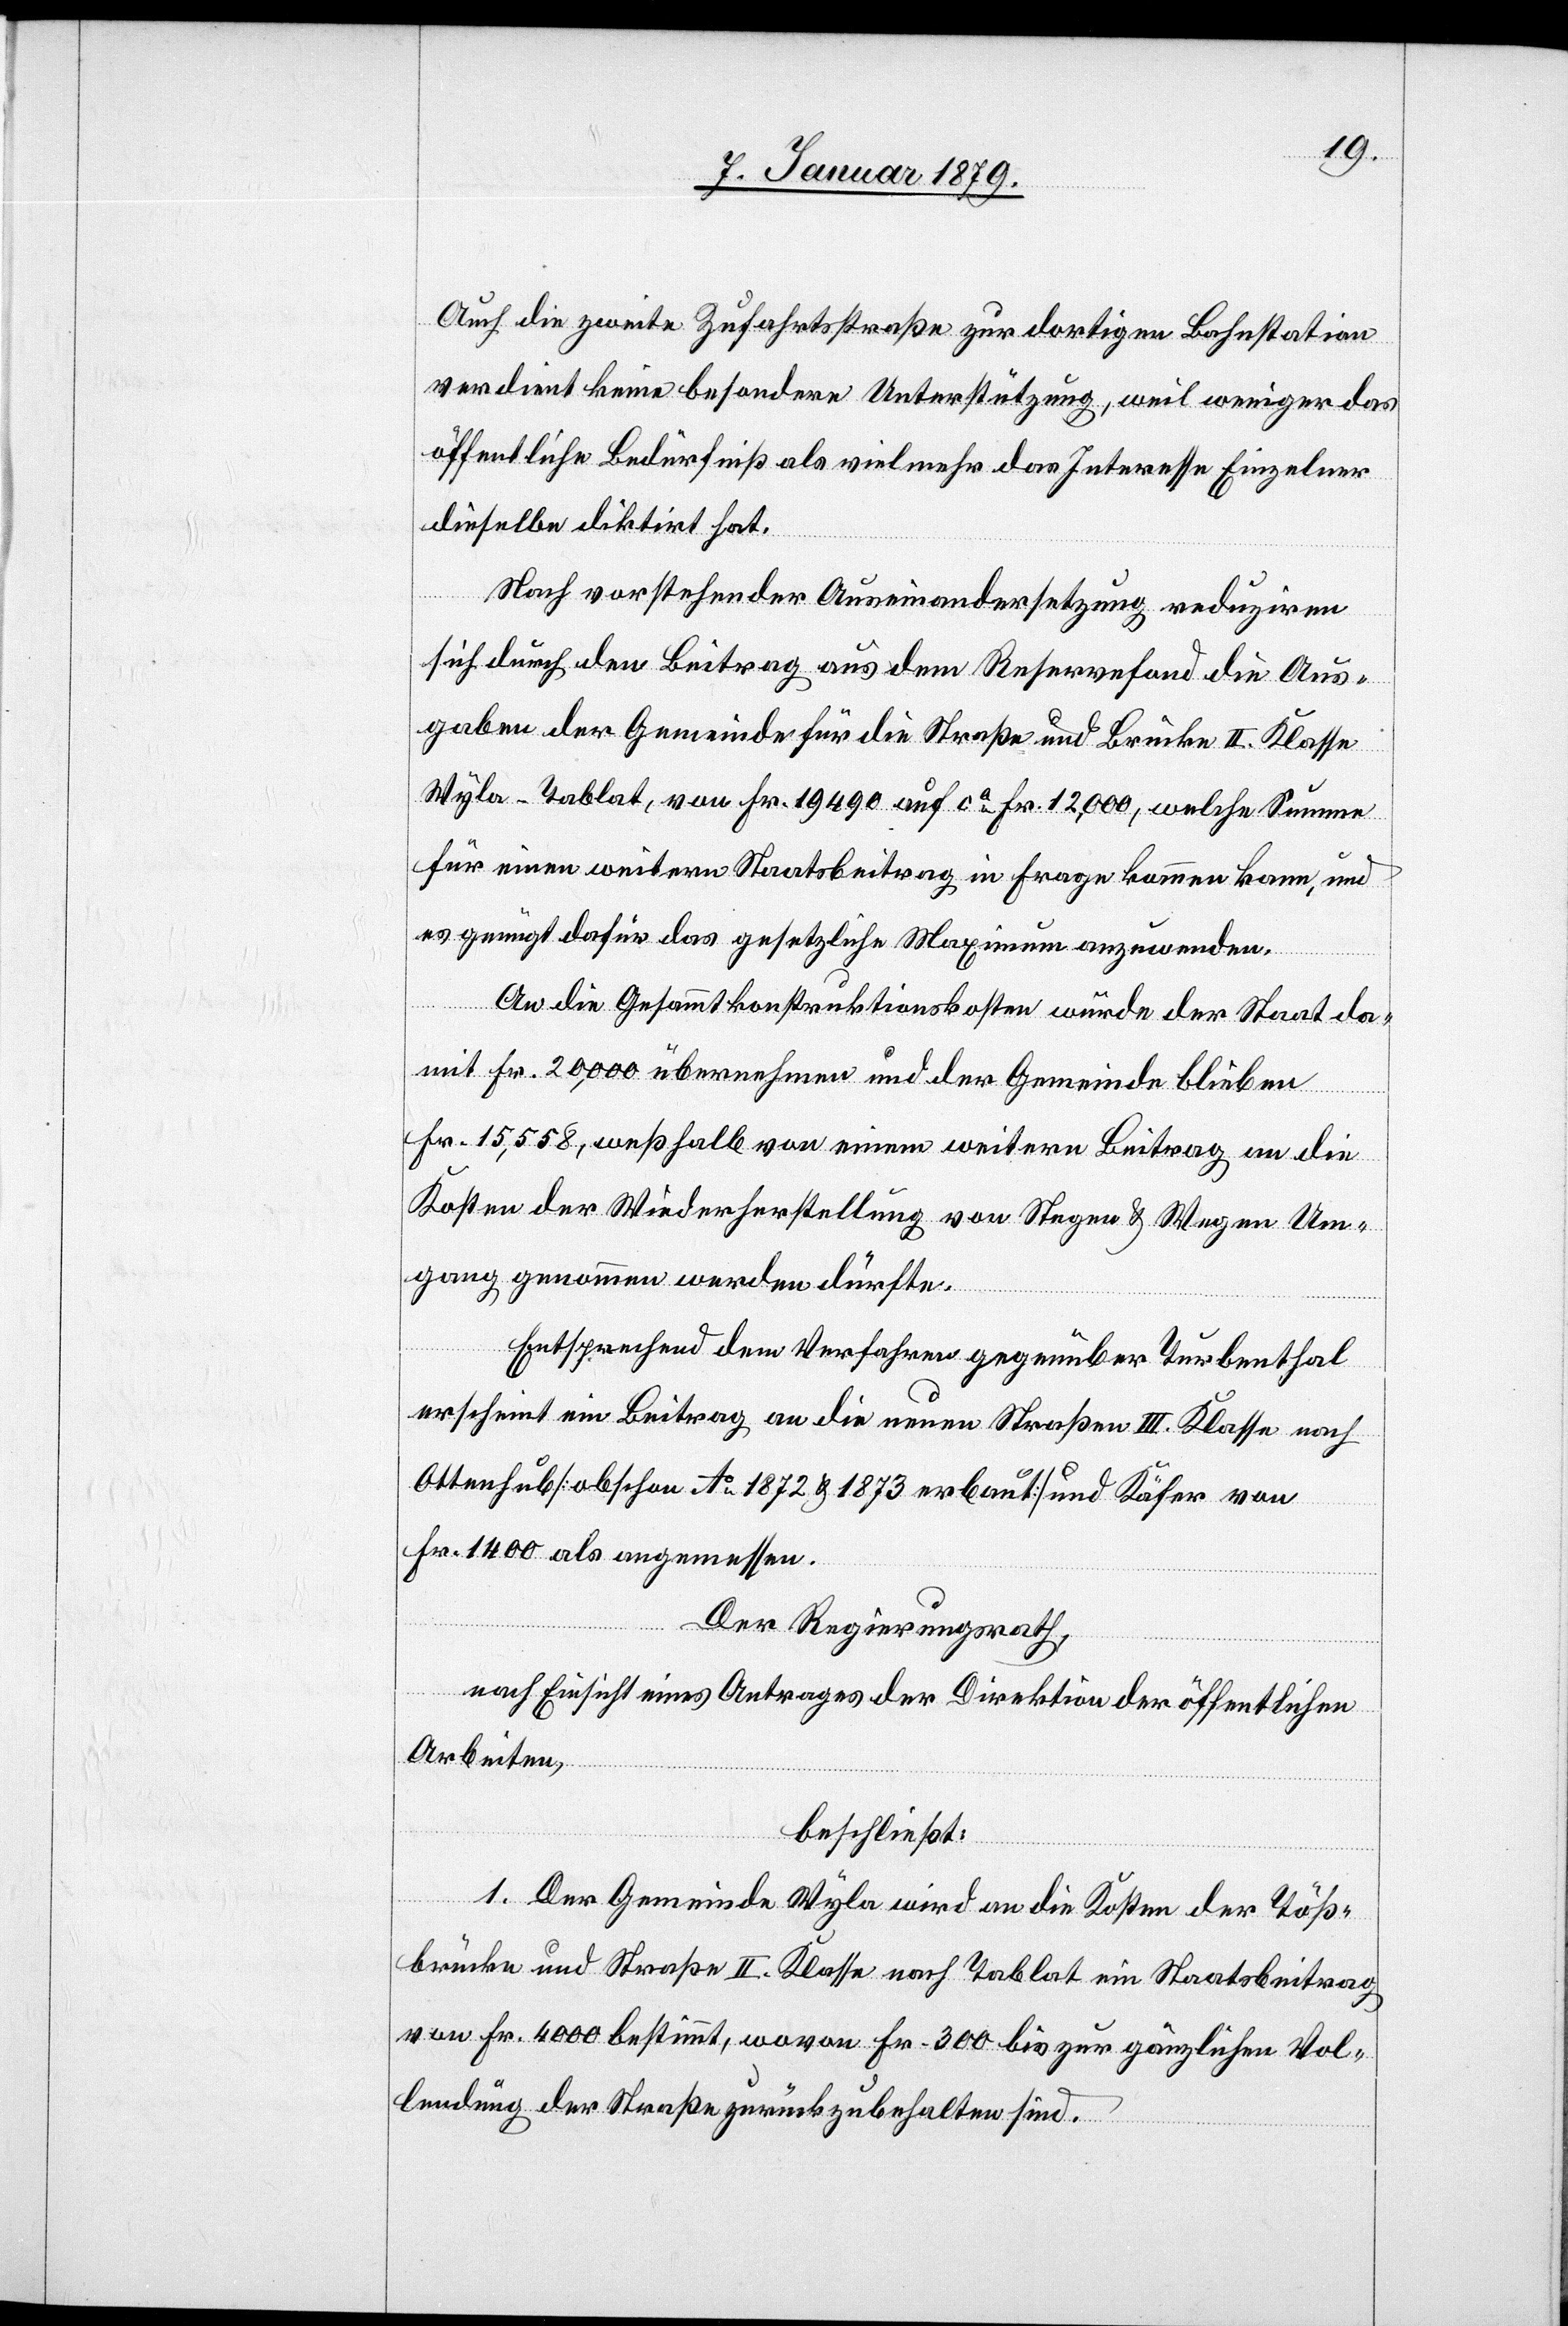
Auch die zweite Zufahrtsstraße zur dortigen Bahnstation
verdient keine besondere Unterstützung, weil weniger das
öffentliche Bedürfniß als vielmehr das Interesse Einzelner
dieselbe diktirt hat.
Nach vorstehender Auseinandersetzung reduziren
sich durch den Beitrag aus dem Reservefond die Aus¬
gaben der Gemeinde für die Straße und Brücke II. Klasse
Wyla–Tablat, von Fr. 19 490 auf ca Fr. 12,000, welche Summe
für einen weitern Staatsbeitrag in Frage kommen kann, und
es genügt dafür das gesetzliche Maximum [sic!] anzuwenden.
An die Gesammtkonstruktionskosten würde der Staat da¬
mit Fr. 20,000 übernehmen und der Gemeinde bleiben
Fr. 15,558, weßhalb von einem weitern Beitrag an die
Kosten der Wiederherstellung von Stegen & Wegen Um¬
gang genommen werden dürfte.
Entsprechend dem Verfahren gegenüber Turbenthal
erscheint ein Beitrag an die neuen Straßen III. Klasse nach
Ottenhub [obschon Ao 1872 & 1873 erbaut] und Käfer von
Fr. 1400 als angemessen.
Der Regierungsrath,
nach Einsicht eines Antrages der Direktion der öffentlichen
Arbeiten,
beschließt:
1. Der Gemeinde Wyla wird an die Kosten der Töß¬
brücke und Straße II. Klasse nach Tablat ein Staatsbeitrag
von Fr. 4000 bestimmt, wovon Fr. 300 bis zur gänzlichen Vol¬
lendung der Straße zurückzubehalten sind.